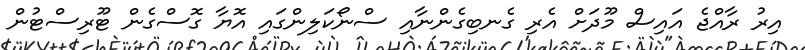
އިރު ރާއްޖެ އައިސް މޫދަށް އެރި ގެނބިގެންނާއި ސްނޯކަލިންގައި އޮޔާ ގޮސްގެން ޓޫރިސްޓުން